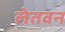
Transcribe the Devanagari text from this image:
लेतवन